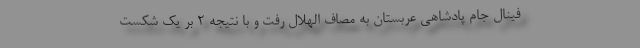
فینال جام پادشاهی عربستان به مصاف الهلال رفت و با نتیجه 2 بر یک شکست